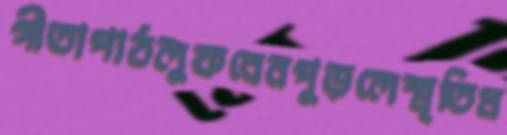
গীতাপাঠলুফবেনপুড়লেস্মৃতিম